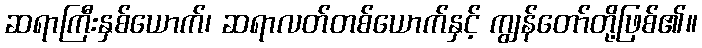
ဆရာကြီးနှစ်ယောက်၊ ဆရာလတ်တစ်ယောက်နှင့် ကျွန်တော်တို့ဖြစ်၏။